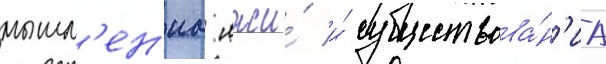
мышл'ен'иа лжи́ и́ существова́н'иа